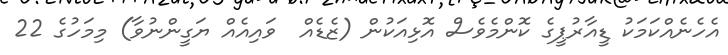
އެހެނެއްކަމަކު ޑީއާރުޕީގެ ކޮންމެވެސް އޮޅިއަކުން (ޒެޑެއް  ވައިއެއް ޔަގީންނުވާ) މިމަހުގެ 22